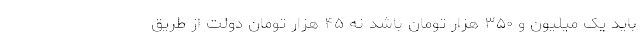
باید یک میلیون و ۳۵۰ هزار تومان باشد نه ۴۵ هزار تومان دولت از طریق